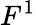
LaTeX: F^{1}